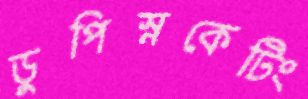
ডুপিস্নকেটিং